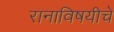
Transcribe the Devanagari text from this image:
रानाविषयीचे